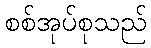
စစ်အုပ်စုသည်